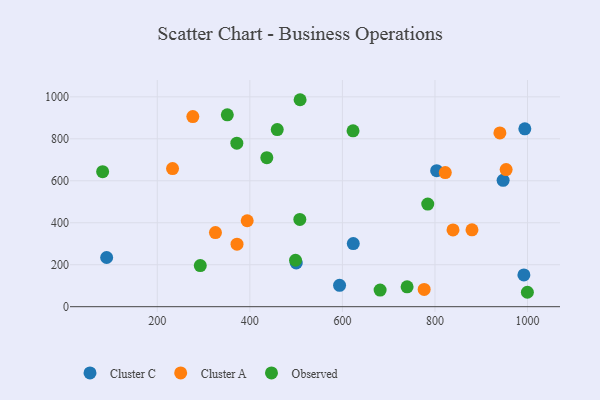
{"axis": {"x": "Ad Spend", "y": "Fuel Efficiency"}, "legend": ["Cluster A", "Cluster C", "Observed"], "data": [{"x": "947.3", "y": 602.2, "type": "Cluster C"}, {"x": "994.2", "y": 847.5, "type": "Cluster C"}, {"x": "992.2", "y": 151.5, "type": "Cluster C"}, {"x": "90.6", "y": 234.5, "type": "Cluster C"}, {"x": "593.9", "y": 101.8, "type": "Cluster C"}, {"x": "803.7", "y": 648.2, "type": "Cluster C"}, {"x": "500.3", "y": 208.3, "type": "Cluster C"}, {"x": "623.5", "y": 300.6, "type": "Cluster C"}, {"x": "940.3", "y": 828.0, "type": "Cluster A"}, {"x": "880.0", "y": 366.2, "type": "Cluster A"}, {"x": "276.8", "y": 906.1, "type": "Cluster A"}, {"x": "325.7", "y": 353.2, "type": "Cluster A"}, {"x": "953.8", "y": 653.4, "type": "Cluster A"}, {"x": "233.0", "y": 658.0, "type": "Cluster A"}, {"x": "776.7", "y": 82.1, "type": "Cluster A"}, {"x": "822.3", "y": 639.2, "type": "Cluster A"}, {"x": "394.3", "y": 409.5, "type": "Cluster A"}, {"x": "839.0", "y": 365.7, "type": "Cluster A"}, {"x": "372.3", "y": 297.7, "type": "Cluster A"}, {"x": "999.7", "y": 68.7, "type": "Observed"}, {"x": "508.6", "y": 986.2, "type": "Observed"}, {"x": "681.5", "y": 79.1, "type": "Observed"}, {"x": "623.0", "y": 838.1, "type": "Observed"}, {"x": "498.7", "y": 221.2, "type": "Observed"}, {"x": "508.0", "y": 415.6, "type": "Observed"}, {"x": "436.7", "y": 710.3, "type": "Observed"}, {"x": "459.2", "y": 844.0, "type": "Observed"}, {"x": "739.8", "y": 94.7, "type": "Observed"}, {"x": "81.9", "y": 643.3, "type": "Observed"}, {"x": "371.9", "y": 779.1, "type": "Observed"}, {"x": "784.4", "y": 488.9, "type": "Observed"}, {"x": "292.9", "y": 195.7, "type": "Observed"}, {"x": "351.3", "y": 914.4, "type": "Observed"}]}